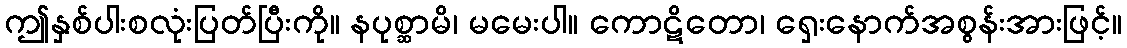
ဤနှစ်ပါးစလုံးပြတ်ပြီးကို။ နပုစ္ဆာမိ၊ မမေးပါ။ ကောဋိတော၊ ရှေးနောက်အစွန်းအားဖြင့်။